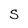
Character: S